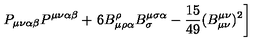
P _ { \mu \nu \alpha \beta } P ^ { \mu \nu \alpha \beta } + \left. 6 B _ { \mu \rho \alpha } ^ { \rho } B _ { \sigma } ^ { \mu \sigma \alpha } - \frac { 1 5 } { 4 9 } ( B _ { \mu \nu } ^ { \mu \nu } ) ^ { 2 } \right]